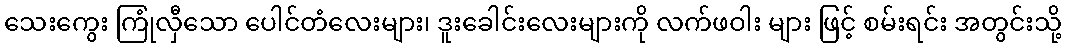
သေးကွေး ကြုံလှီသော ပေါင်တံလေးများ၊ ဒူးခေါင်းလေးများကို လက်ဖဝါး များ ဖြင့် စမ်းရင်း အတွင်းသို့